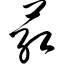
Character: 荭